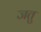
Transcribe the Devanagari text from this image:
जतु